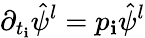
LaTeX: \partial_{t_{\mathbf{i}}}\hat{{\psi}}^{l}=p_{\mathbf{i}}\hat{{\psi}}^{l}